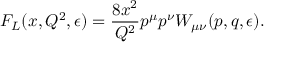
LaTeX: F _ { L } ( x , Q ^ { 2 } , \epsilon ) = \frac { 8 x ^ { 2 } } { Q ^ { 2 } } p ^ { \mu } p ^ { \nu } W _ { \mu \nu } ( p , q , \epsilon ) .